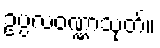
ဥပ္ပလဝဏ္ဏာသုတ်။